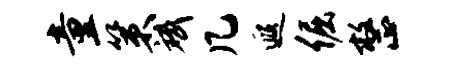
童策斌几遐倔整